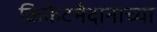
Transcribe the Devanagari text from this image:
क्रिकेटमैदानाच्या